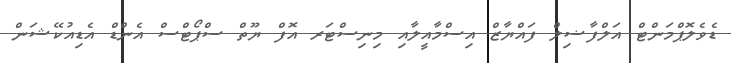
ޑެވެލޮޕްމަންޓް އަލްފާޟިލް ފައްޔާޒް އިސްމާއީލާއި މިނިސްޓަރ އޮފް ޔޫތް ސްޕޯޓްސް އެންޑް އެޑިއުކޭޝަން